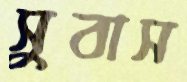
সুবাস